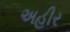
અહીર